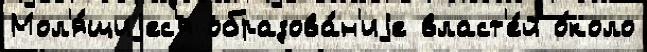
Мол'я́щиjес'я образова́н'иjе власт'е́й о́коло